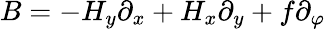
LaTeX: B=-H_{y}\partial_{x}+H_{x}\partial_{y}+f\partial_{\varphi}